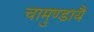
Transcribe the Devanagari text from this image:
चामुण्डायै